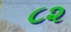
૮૨